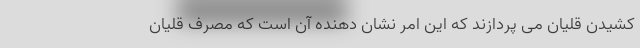
کشیدن قلیان می پردازند که این امر نشان دهنده آن است که مصرف قلیان